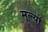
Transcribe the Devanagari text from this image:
मूल्यां